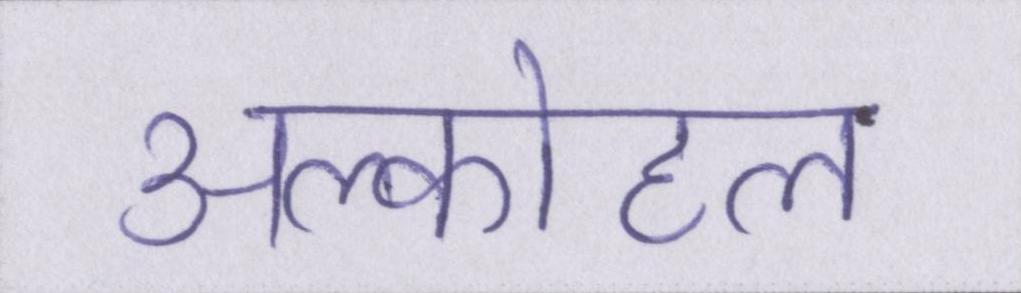
अल्कोहल